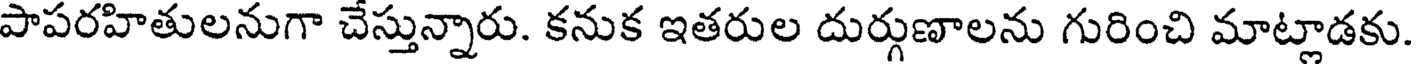
పాపరహితులనుగా చేస్తున్నారు. కనుక ఇతరుల దుర్గుణాలను గురించి మాట్లాడకు.